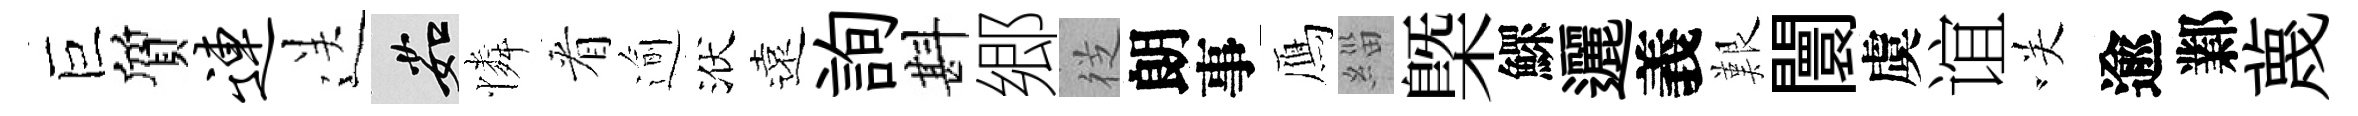
巨質连送茹憐㸔逾洑遠詢斟郷徔朗事鴈緇㮣鰥邐義艱闤虞谊咲逾鄴蔑